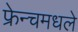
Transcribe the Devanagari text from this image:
फ्रेन्चमधले